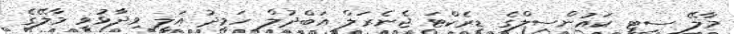
މާލޭ ސިޓީ ކައުންސިލްގެ ޑިރެކްޓަ ޖެނެރަލް އަބްދުލް ހަމީދު އަލީ ވިދާޅުވީ މާލޭގެ